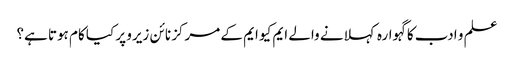
علم و ادب کا گہوارہ کہلانے والے ایم کیو ایم کے مرکز نائن زیرو پر کیا کام ہوتا ہے؟